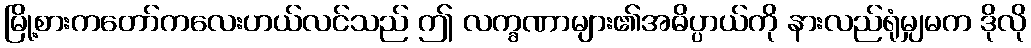
မြို့စားကတော်ကလေးဟယ်လင်သည် ဤ လက္ခဏာများ၏အဓိပ္ပာယ်ကို နားလည်ရုံမျှမက ဒိုလို